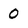
Character: 0